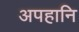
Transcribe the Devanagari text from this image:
अपहानि